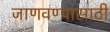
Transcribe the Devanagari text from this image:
जाणवण्यासाठी